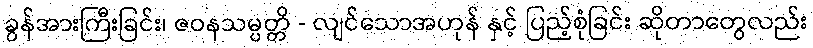
ခွန်အားကြီးခြင်း၊ ဇဝနသမ္ပတ္တိ - လျင်သောအဟုန် နှင့် ပြည့်စုံခြင်း ဆိုတာတွေလည်း